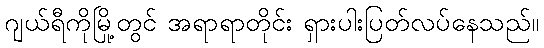
ဂျယ်ရီကိုမြို့တွင် အရာရာတိုင်း ရှားပါးပြတ်လပ်နေသည်။